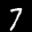
Label: 7